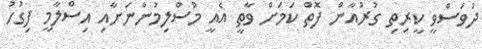
ދުވަސްވީ ކީީރިތި ގުރުއާން ފޮތް ކަމަށް ވާތީ އެއީ މުސްލިމުންނަށާއި އިސްލާމީ ފިގުހު